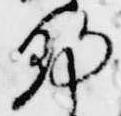
朝